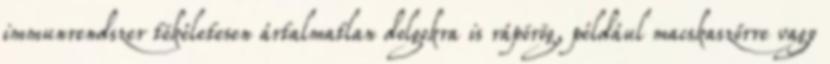
immunrendszer tökéletesen ártalmatlan dolgokra is rápörög, például macskaszőrre vagy